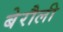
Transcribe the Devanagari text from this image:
बेरौली